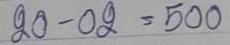
20 - 02 = 500